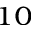
^ { 1 0 }